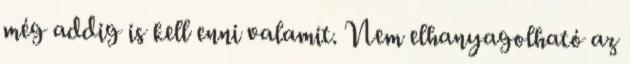
még addig is kell enni valamit. Nem elhanyagolható az